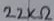
Text: 22KΩ